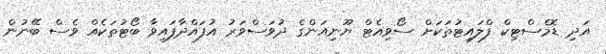
އަދި ޑޮމެސްޓިކް ފްލައިޓުތަކަށް ސޯވިއެޓް ޔޫނިއަންގެ ދުވަސްވަރު އުފައްދާފައިވާ ބޯޓުތަކެއް ވެސް ބޭނުން